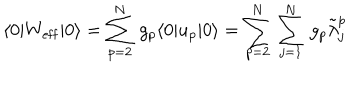
LaTeX: \langle 0 | W _ { \mathrm { e f f } } | 0 \rangle = \sum _ { p = 2 } ^ { N } \, g _ { p } \langle 0 | u _ { p } | 0 \rangle = \sum _ { p = 2 } ^ { N } \, \sum _ { j = 1 } ^ { N } \, g _ { p } \tilde { \lambda } _ { j } ^ { p }